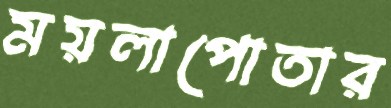
ময়লাপোতার